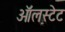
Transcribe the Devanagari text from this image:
ऑलस्टेट